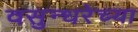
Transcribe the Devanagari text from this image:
वसुन्धरेच्या